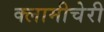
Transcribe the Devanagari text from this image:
क्‍लामीचेरी